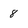
Character: 8